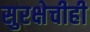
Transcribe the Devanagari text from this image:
सुरक्षेचीही